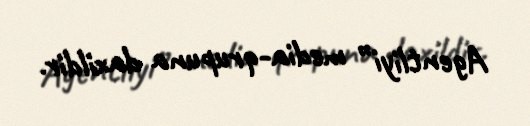
Agentliyi” media-qrupuna daxildir.